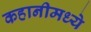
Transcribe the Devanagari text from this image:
कहानीमध्ये